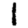
Digit: 1